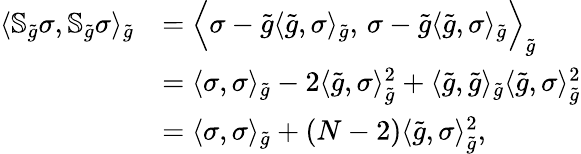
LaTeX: \begin{array}{rl}{\langle\mathbb{S}_{\widetilde{g}}\sigma,\mathbb{S}_{\widetilde{g}}\sigma\rangle_{\widetilde{g}}}&{=\Big\langle\sigma-\widetilde{g}\langle\widetilde{g},\sigma\rangle_{\widetilde{g}},\, \sigma-\widetilde{g}\langle\widetilde{g},\sigma\rangle_{\widetilde{g}}\Big\rangle_{\widetilde{g}}}\\ &{=\langle\sigma,\sigma\rangle_{\widetilde{g}}-2\langle\widetilde{g},\sigma\rangle_{\widetilde{g}}^{2}+\langle\widetilde{g},\widetilde{g}\rangle_{\widetilde{g}}\langle\widetilde{g},\sigma\rangle_{\widetilde{g}}^{2}}\\ &{=\langle\sigma,\sigma\rangle_{\widetilde{g}}+(N-2)\langle\widetilde{g},\sigma\rangle_{\widetilde{g}}^{2},}\end{array}